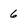
Character: 6